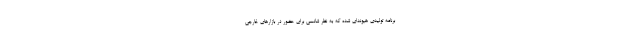
برنامه تولیدی هیوندای شده که به نظر شانسی برای حضور در بازارهای خارجی